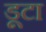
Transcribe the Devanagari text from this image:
डूटा